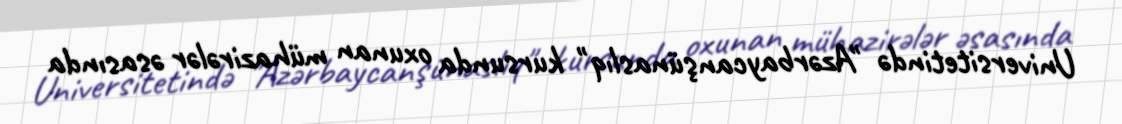
Universitetində "Azərbaycanşünaslıq" kursunda oxunan mühazirələr əsasında